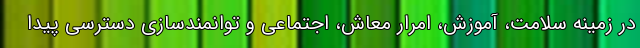
در زمینه سلامت، آموزش، امرار معاش، اجتماعی و توانمندسازی دسترسی پیدا